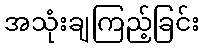
အသုံးချကြည့်ခြင်း